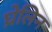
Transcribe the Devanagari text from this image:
घ्रेलिन